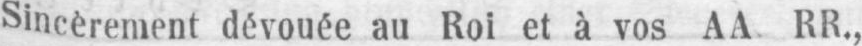
Sincèrement dévouée au Roi et à vos AA. RR.,